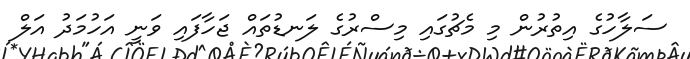
ސަލާހުގެ އިތުރުން މި މެޗުގައި މިސްރުގެ ލަނޑުތައް ޖަހާފައި ވަނީ އަހުމަދު އަލް